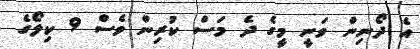
އެ ދޯނިން ވަނީ މީގެ ދެ މަސް ކުރިން ވެސް 9 ކިލޯގެ